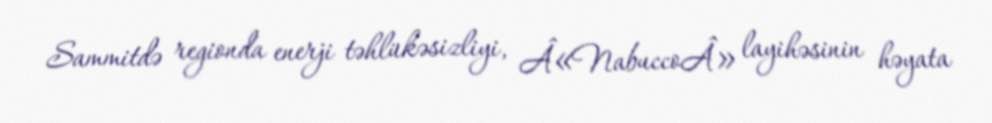
Sammitdə regionda enerji təhlükəsizliyi, Â«NabuccoÂ» layihəsinin həyata